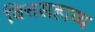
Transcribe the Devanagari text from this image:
वित्तसहाय्य